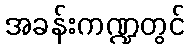
အခန်းကဏ္ဍတွင်